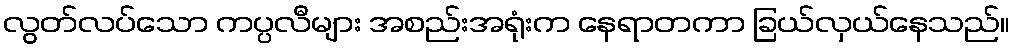
လွတ်လပ်သော ကပ္ပလီများ အစည်းအရုံးက နေရာတကာ ခြယ်လှယ်နေသည်။